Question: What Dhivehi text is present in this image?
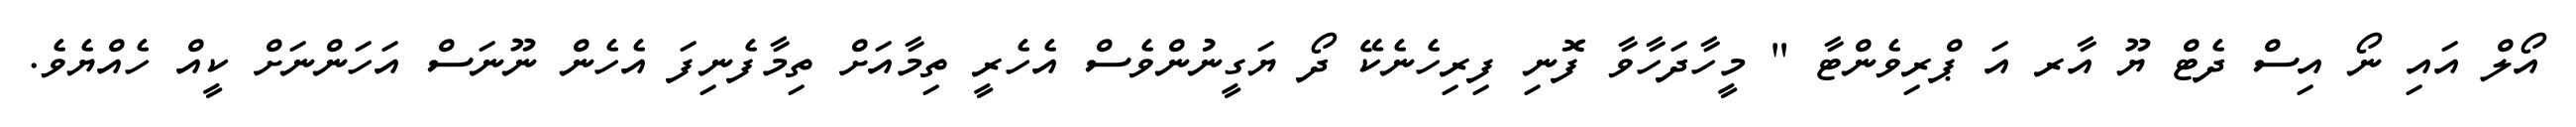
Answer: އޯލް އައި ނޯ އިސް ދެޓް ޔޫ އާރ އަ ޕްރިވެންޓާ " މީހާދަހާވާ ފޮނި ފިރިހެނެކޭ ދޯ ޔަގީނުންވެސް އެހެރީ ތިމާއަށް ތިމާފެނިފަ އެހެން ނޫނަސް އަހަންނަށް ކީއް ހެއްޔެވެ.